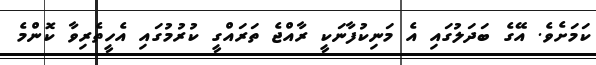
ކަމަށެވެ. އޭގެ ބަދަލުގައި އެ މަނިކުފާނަކީ ރާއްޖެ ތަރައްގީ ކުރުމުގައި އެހީތެރިވާ ކޮންމެ